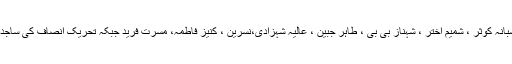
مسلم لیگ ن کی آفتاب بیگم ،اسماء مقصود ، سعدیہ منظور ،شبانہ کوثر ، شمیم اختر ، شہناز بی بی ، طاہر جبین ، عالیہ شہزادی،نسرین ، کنیز فاطمہ، مسرت فرید جبکہ تحریک انصاف کی ساجدہ بتول، شہناز کوثر ، آزاد امیدوار اکرم بی بی ،روبینہ حمید ۔